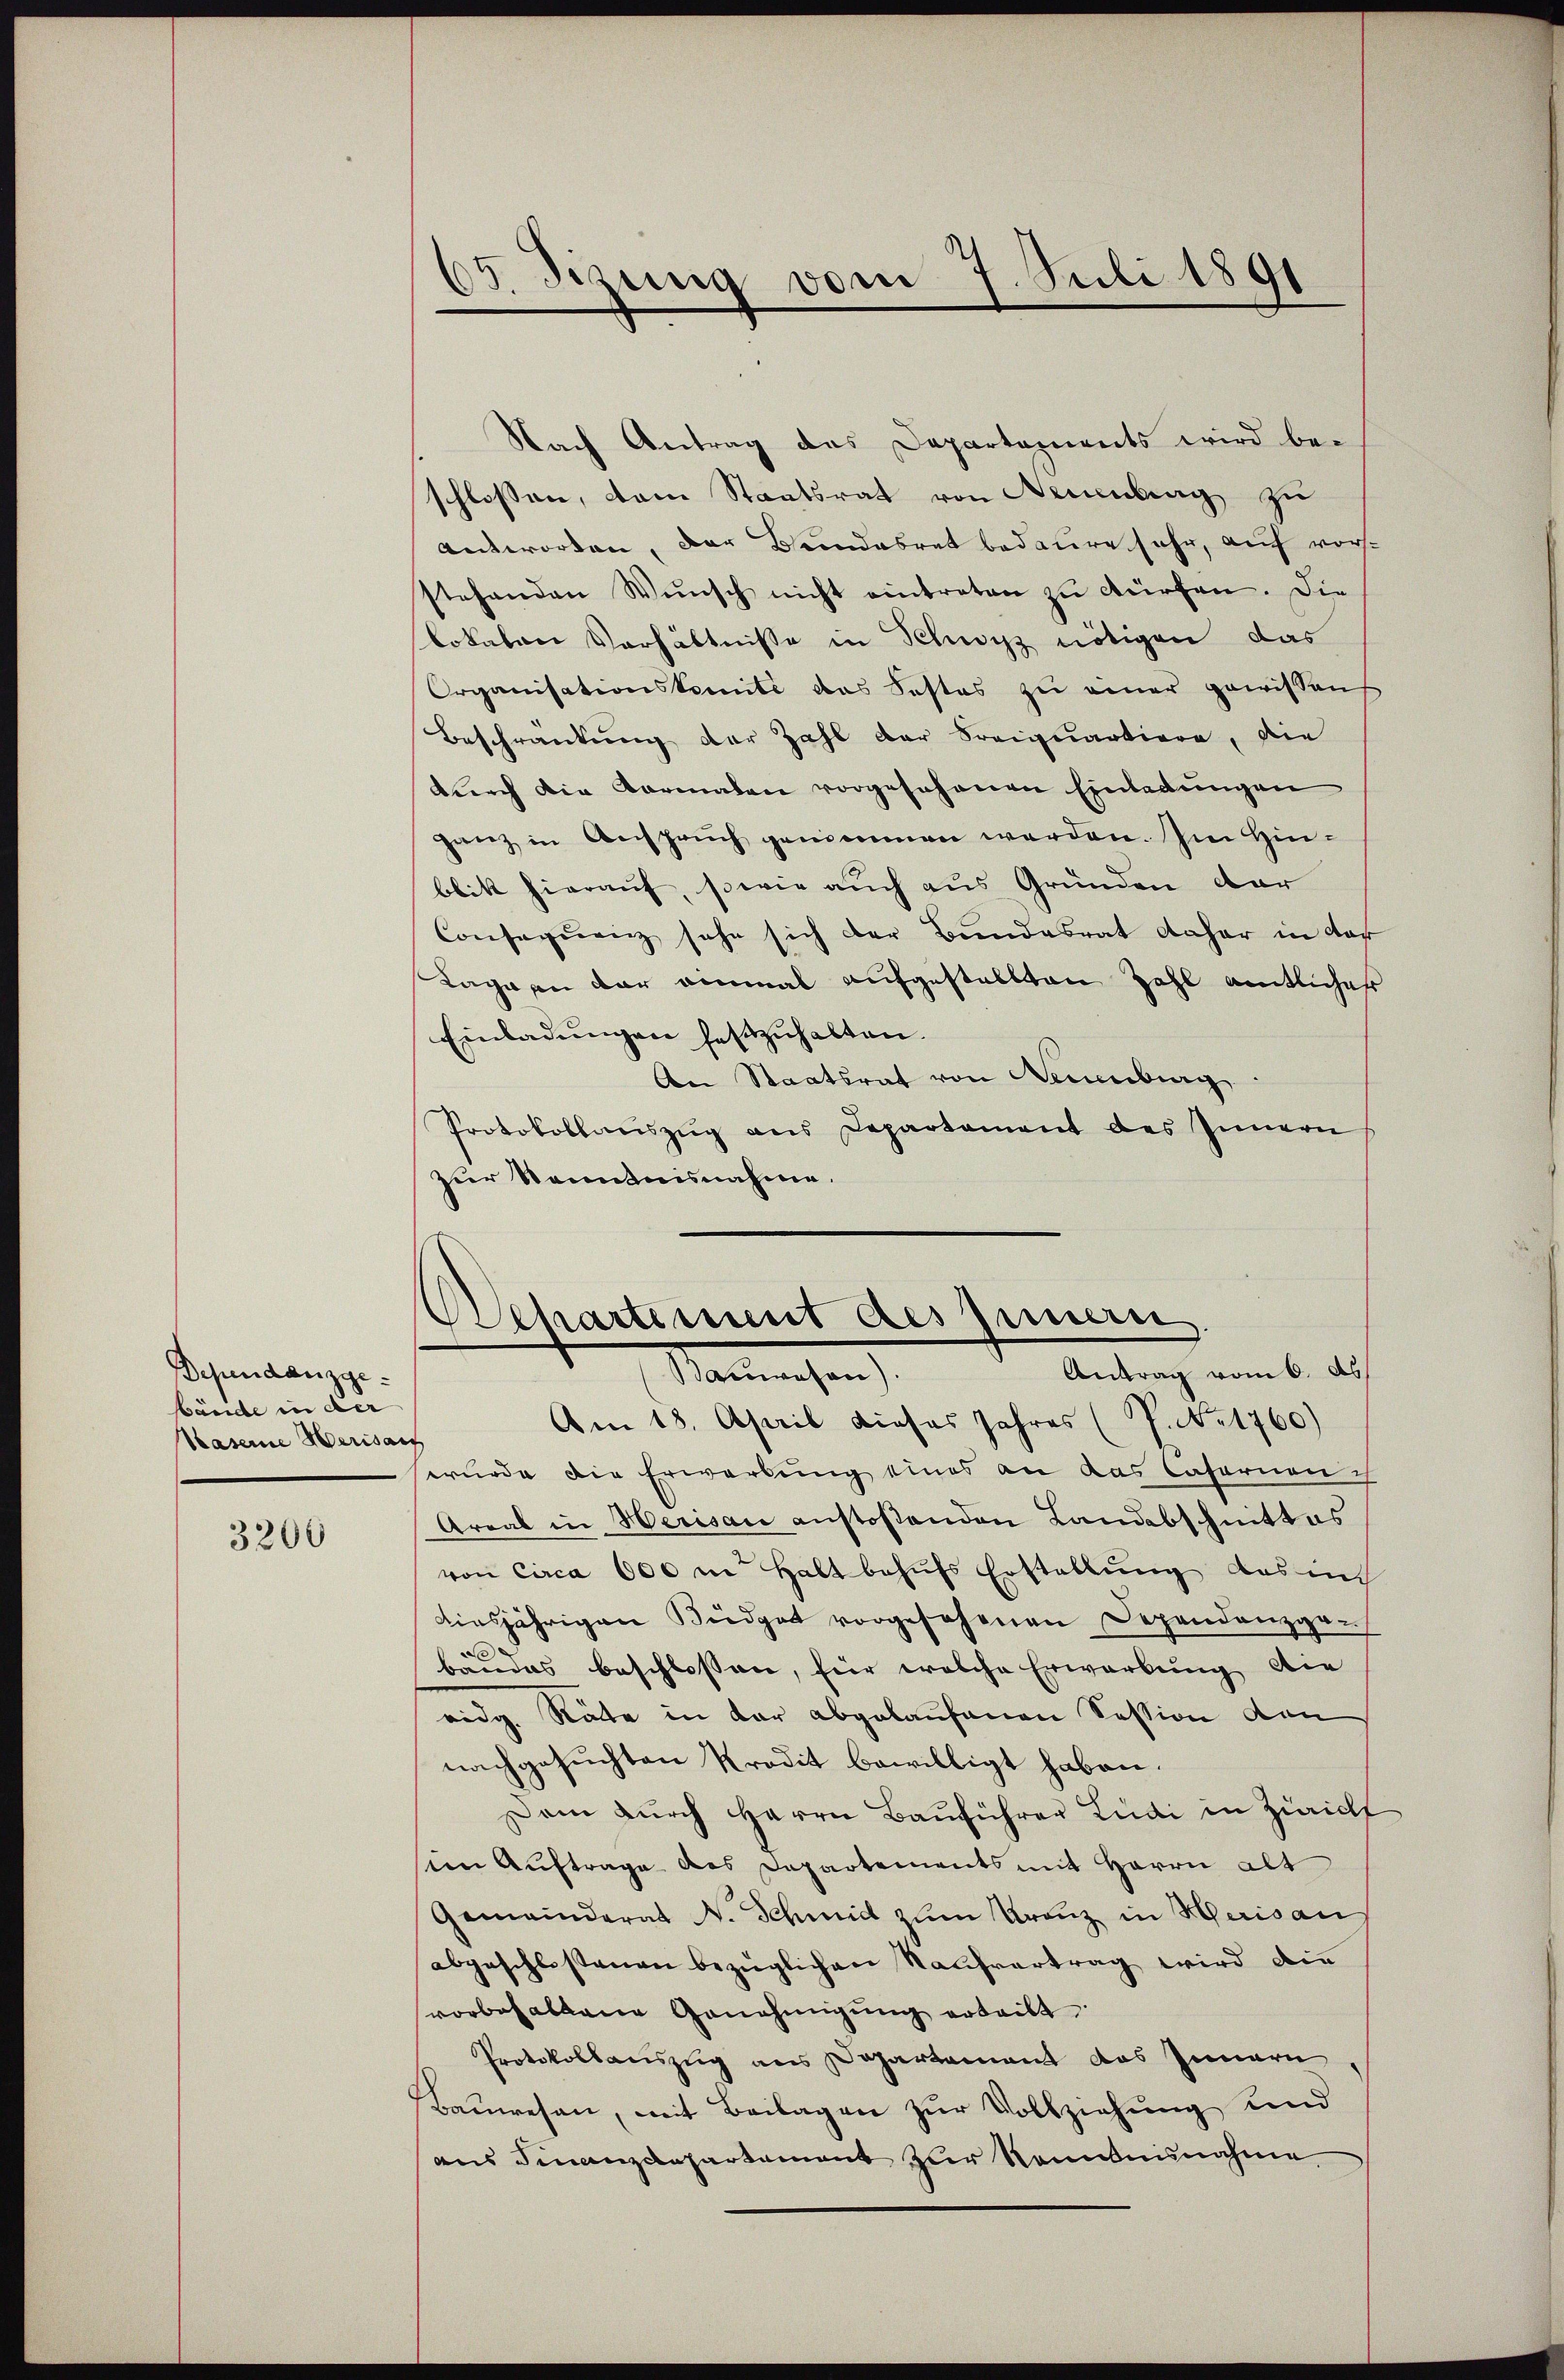
Dependanzgebände in der
Kaserne Merisaus

3200

65. Szung vom 7. Juli 1891

Nach Antrag des Departaments wird be-
schlossen, dem Staatsrat von Neuenburg zu
antworten, der Bundesrat bedaure sehr, auf vorstehenden Wŭnsch nicht eintreten zŭ dürfen. Die
lokaten Verhältnisse in Schwyz nötigen das
Organisationskomité das Festes zu einer gewissen
Beschränkung der Zahl der Sreiquartiere, die
durch die Karmalen vorgeschenen Einladungen
ganz in Anspruch genommen werden. Im Hinbbitt hierauf, sowie auch aus Gründen dar
Conseqŭenz sehe sich der Bundesrat daher in der
Lage an der einmal aufgestellten Zahl amtlicher
Einladŭngen festzuhalten.
An Staatsrat von Neuenburg
Protokollauszug aus Departament des Innern
zur Senntnisnahme.

Schartiment des Sinnern
Antrag vom 6. ds.
Mamachen

Am 18. April dieses Jahres (T. No 1760)
wurde die Erwerbung eines an das Cafernen
Areal in Herisau anstoßenden Landabschnittes
von Circa 600 m Halt behufs Erstellung des im
diesjährigen Büdget vorgesehenen Dependanzger
e
bandes beschlossen, für welche Erwarbung die
ridg. Räte in der abgelaufenen Session den
nachgesuchten Kredit bewilligt haben.
Dam durch Herrn Bauführer Ludi in Züricht
sien Auftrage des Departements mit Herrn alt
Gemeinderat N. Schmid zum Franz in Herisan
abgeschlossenen bezüglichen Kaufvertrag wird die
vorbehaltene Genehmigŭng erteilt
Protokollauszug aus Departement das Innern
Bauwesen, mit Beilagen zur Vollziehung und
aus Finanzdepartement zur Rennbannahme